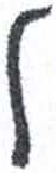
אות: ל